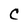
Character: C